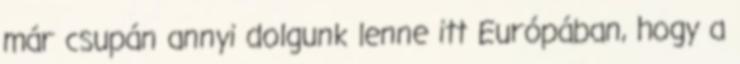
már csupán annyi dolgunk lenne itt Európában, hogy a